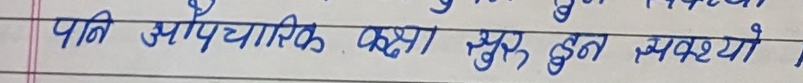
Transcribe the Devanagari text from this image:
पनि औपचारिक कक्षा सुरु हुन सक्यो।